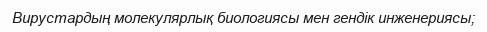
Вирустардың молекулярлық биологиясы мен гендік инженериясы;